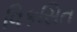
વિકસિત